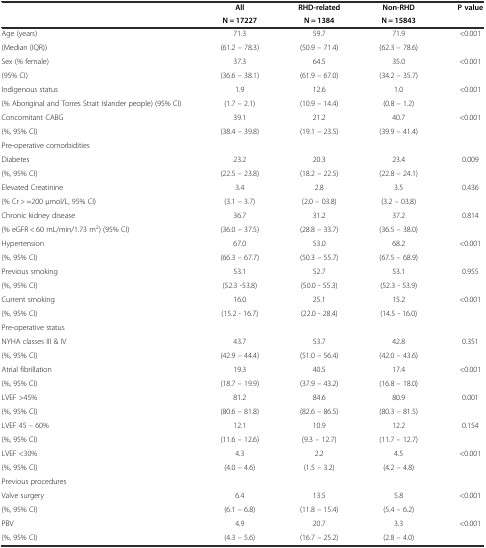
<table><thead><tr><td rowspan="2"></td><td><b>All</b></td><td><b>RHD-related</b></td><td><b>Non-RHD</b></td><td rowspan="2"><b>P value</b></td></tr><tr><td><b>N = 17227</b></td><td><b>N = 1384</b></td><td><b>N = 15843</b></td></tr></thead><tbody><tr><td>Age (years)</td><td>71.3</td><td>59.7</td><td>71.9</td><td rowspan="2">&lt;0.001</td></tr><tr><td>(Median (IQR))</td><td>(61.2 – 78.3)</td><td>(50.9 – 71.4)</td><td>(62.3 – 78.6)</td></tr><tr><td>Sex (% female)</td><td>37.3</td><td>64.5</td><td>35.0</td><td rowspan="2">&lt;0.001</td></tr><tr><td>(95% CI)</td><td>(36.6 – 38.1)</td><td>(61.9 – 67.0)</td><td>(34.2 – 35.7)</td></tr><tr><td>Indigenous status</td><td>1.9</td><td>12.6</td><td>1.0</td><td rowspan="2">&lt;0.001</td></tr><tr><td>(% Aboriginal and Torres Strait Islander people) (95% CI)</td><td>(1.7 – 2.1)</td><td>(10.9 – 14.4)</td><td>(0.8 – 1.2)</td></tr><tr><td>Concomitant CABG</td><td>39.1</td><td>21.2</td><td>40.7</td><td rowspan="2">&lt;0.001</td></tr><tr><td>(%, 95% CI)</td><td>(38.4 – 39.8)</td><td>(19.1 – 23.5)</td><td>(39.9 – 41.4)</td></tr><tr><td>Pre-operative comorbidities</td><td></td><td></td><td></td><td></td></tr><tr><td>Diabetes</td><td>23.2</td><td>20.3</td><td>23.4</td><td rowspan="2">0.009</td></tr><tr><td>(%, 95% CI)</td><td>(22.5 – 23.8)</td><td>(18.2 – 22.5)</td><td>(22.8 – 24.1)</td></tr><tr><td>Elevated Creatinine</td><td>3.4</td><td>2.8</td><td>3.5</td><td rowspan="2">0.436</td></tr><tr><td>(% Cr &gt; =200 μmol/L, 95% CI)</td><td>(3.1 – 3.7)</td><td>(2.0 – 03.8)</td><td>(3.2 – 03.8)</td></tr><tr><td>Chronic kidney disease</td><td>36.7</td><td>31.2</td><td>37.2</td><td rowspan="2">0.814</td></tr><tr><td>(% eGFR &lt; 60 mL/min/1.73 m<sup>2</sup>) (95% CI)</td><td>(36.0 – 37.5)</td><td>(28.8 – 33.7)</td><td>(36.5 – 38.0)</td></tr><tr><td>Hypertension</td><td>67.0</td><td>53.0</td><td>68.2</td><td rowspan="2">&lt;0.001</td></tr><tr><td>(%, 95% CI)</td><td>(66.3 – 67.7)</td><td>(50.3 – 55.7)</td><td>(67.5 – 68.9)</td></tr><tr><td>Previous smoking</td><td>53.1</td><td>52.7</td><td>53.1</td><td rowspan="2">0.955</td></tr><tr><td>(%, 95% CI)</td><td>(52.3 -53.8)</td><td>(50.0 - 55.3)</td><td>(52.3 - 53.9)</td></tr><tr><td>Current smoking</td><td>16.0</td><td>25.1</td><td>15.2</td><td rowspan="2">&lt;0.001</td></tr><tr><td>(%, 95% CI)</td><td>(15.2 - 16.7)</td><td>(22.0 - 28.4)</td><td>(14.5 - 16.0)</td></tr><tr><td>Pre-operative status</td><td></td><td></td><td></td><td></td></tr><tr><td>NYHA classes III &amp; IV</td><td>43.7</td><td>53.7</td><td>42.8</td><td rowspan="2">0.351</td></tr><tr><td>(%, 95% CI)</td><td>(42.9 – 44.4)</td><td>(51.0 – 56.4)</td><td>(42.0 – 43.6)</td></tr><tr><td>Atrial fibrillation</td><td>19.3</td><td>40.5</td><td>17.4</td><td rowspan="2">&lt;0.001</td></tr><tr><td>(%, 95% CI)</td><td>(18.7 – 19.9)</td><td>(37.9 – 43.2)</td><td>(16.8 – 18.0)</td></tr><tr><td>LVEF &gt;45%</td><td>81.2</td><td>84.6</td><td>80.9</td><td rowspan="2">0.001</td></tr><tr><td>(%, 95% CI)</td><td>(80.6 – 81.8)</td><td>(82.6 – 86.5)</td><td>(80.3 – 81.5)</td></tr><tr><td>LVEF 45 – 60%</td><td>12.1</td><td>10.9</td><td>12.2</td><td rowspan="2">0.154</td></tr><tr><td>(%, 95% CI)</td><td>(11.6 – 12.6)</td><td>(9.3 – 12.7)</td><td>(11.7 – 12.7)</td></tr><tr><td>LVEF &lt;30%</td><td>4.3</td><td>2.2</td><td>4.5</td><td rowspan="2">&lt;0.001</td></tr><tr><td>(%, 95% CI)</td><td>(4.0 – 4.6)</td><td>(1.5 – 3.2)</td><td>(4.2 – 4.8)</td></tr><tr><td>Previous procedures</td><td></td><td></td><td></td><td></td></tr><tr><td>Valve surgery</td><td>6.4</td><td>13.5</td><td>5.8</td><td rowspan="2">&lt;0.001</td></tr><tr><td>(%, 95% CI)</td><td>(6.1 – 6.8)</td><td>(11.8 – 15.4)</td><td>(5.4 – 6.2)</td></tr><tr><td>PBV</td><td>4.9</td><td>20.7</td><td>3.3</td><td rowspan="2">&lt;0.001</td></tr><tr><td>(%, 95% CI)</td><td>(4.3 – 5.6)</td><td>(16.7 – 25.2)</td><td>(2.8 – 4.0)</td></tr></tbody></table>